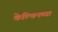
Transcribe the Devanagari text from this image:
केल्विनच्या